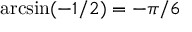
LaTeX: \arcsin ( - 1 / 2 ) = - \pi / 6